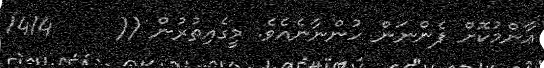
ޢާންމުކޮށް ފެންނަން ހުންނާނެއެވެ. މީގެއިތުރުން ((     1414